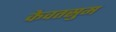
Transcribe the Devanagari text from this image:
केवतसुम